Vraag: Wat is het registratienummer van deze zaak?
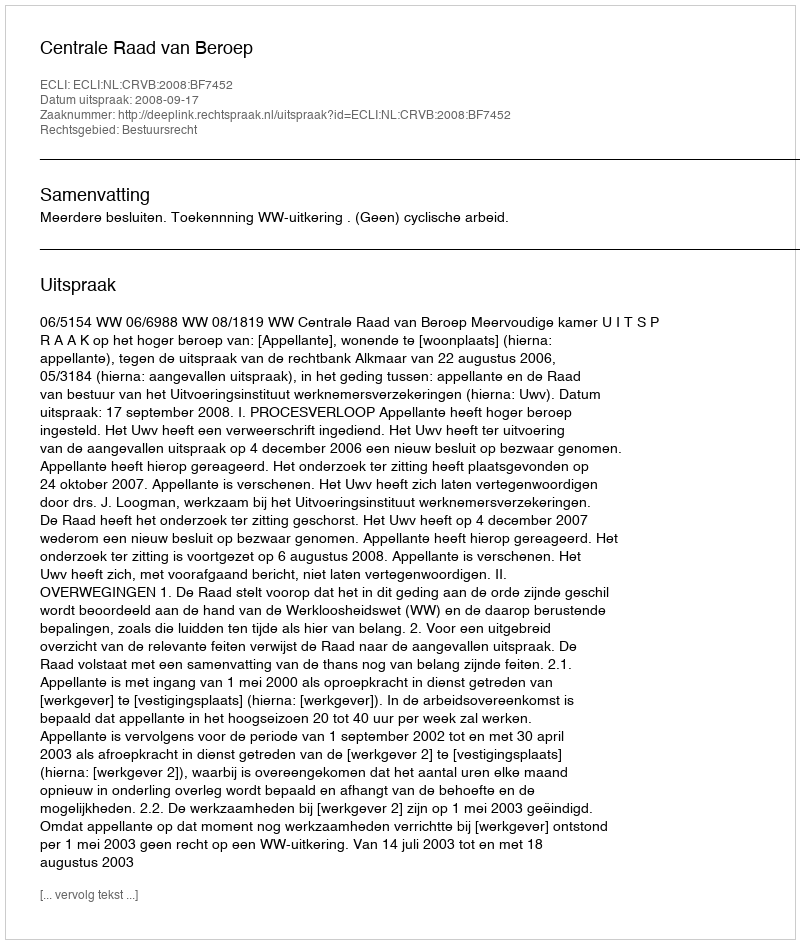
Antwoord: http://deeplink.rechtspraak.nl/uitspraak?id=ECLI:NL:CRVB:2008:BF7452